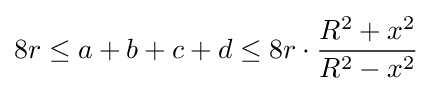
8r\leq a+b+c+d\leq 8r\cdot {\frac {R^{2}+x^{2}}{R^{2}-x^{2}}}